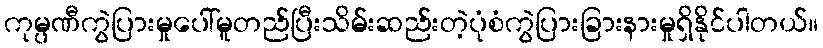
ကုမ္ပဏီကွဲပြားမှုပေါ်မူတည်ပြီးသိမ်းဆည်းတဲ့ပုံစံကွဲပြားခြားနားမှုရှိနိုင်ပါတယ်။